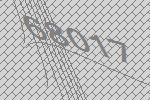
68017